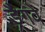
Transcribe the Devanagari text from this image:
ड्रैगवे